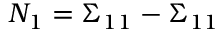
N _ { 1 } = \Sigma _ { 1 1 } - \Sigma _ { 1 1 }